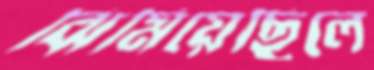
ঝিমিয়েছিলে